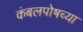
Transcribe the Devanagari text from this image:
कंबलपोषच्या